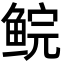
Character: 鲩